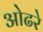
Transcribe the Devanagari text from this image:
ओढरे